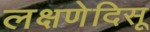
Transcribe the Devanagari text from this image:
लक्षणेदिसू